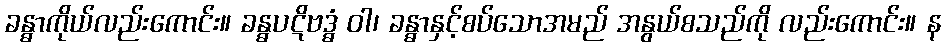
ခန္ဓာကိုယ်လည်းကောင်း။ ခန္ဓပဋိဗဒ္ဓံ ဝါ၊ ခန္ဓာနှင့်စပ်သောအမည် အနွယ်စသည်ကို လည်းကောင်း။ န